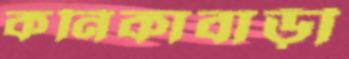
কনিকাবাড়ী